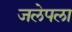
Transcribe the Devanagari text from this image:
जलेपला